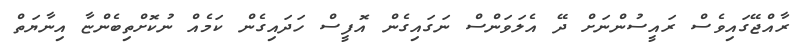
ރާއްޖޭގައިވެސް ރައީސުންނަށް ދޭ އެލަވަންސް ނަގައިގެން އޮފީސް ހަދައިގެން ކަމެއް ނުކޮށްތިބެންޏާ އިނާޔަތް